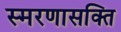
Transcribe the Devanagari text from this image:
स्मरणासक्ति